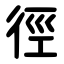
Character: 徑